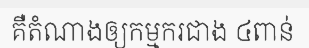
គឺតំណាងឲ្យកម្មករជាង ៤ពាន់